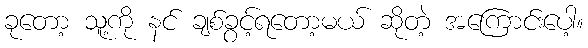
ခုတော့ သူ့ကို နင် ချစ်ခွင့်ရတော့မယ် ဆိုတဲ့ အကြောင်းပေါ့။